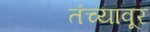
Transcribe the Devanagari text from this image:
तंच्यावूर